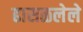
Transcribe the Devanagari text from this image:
ढासळलेले